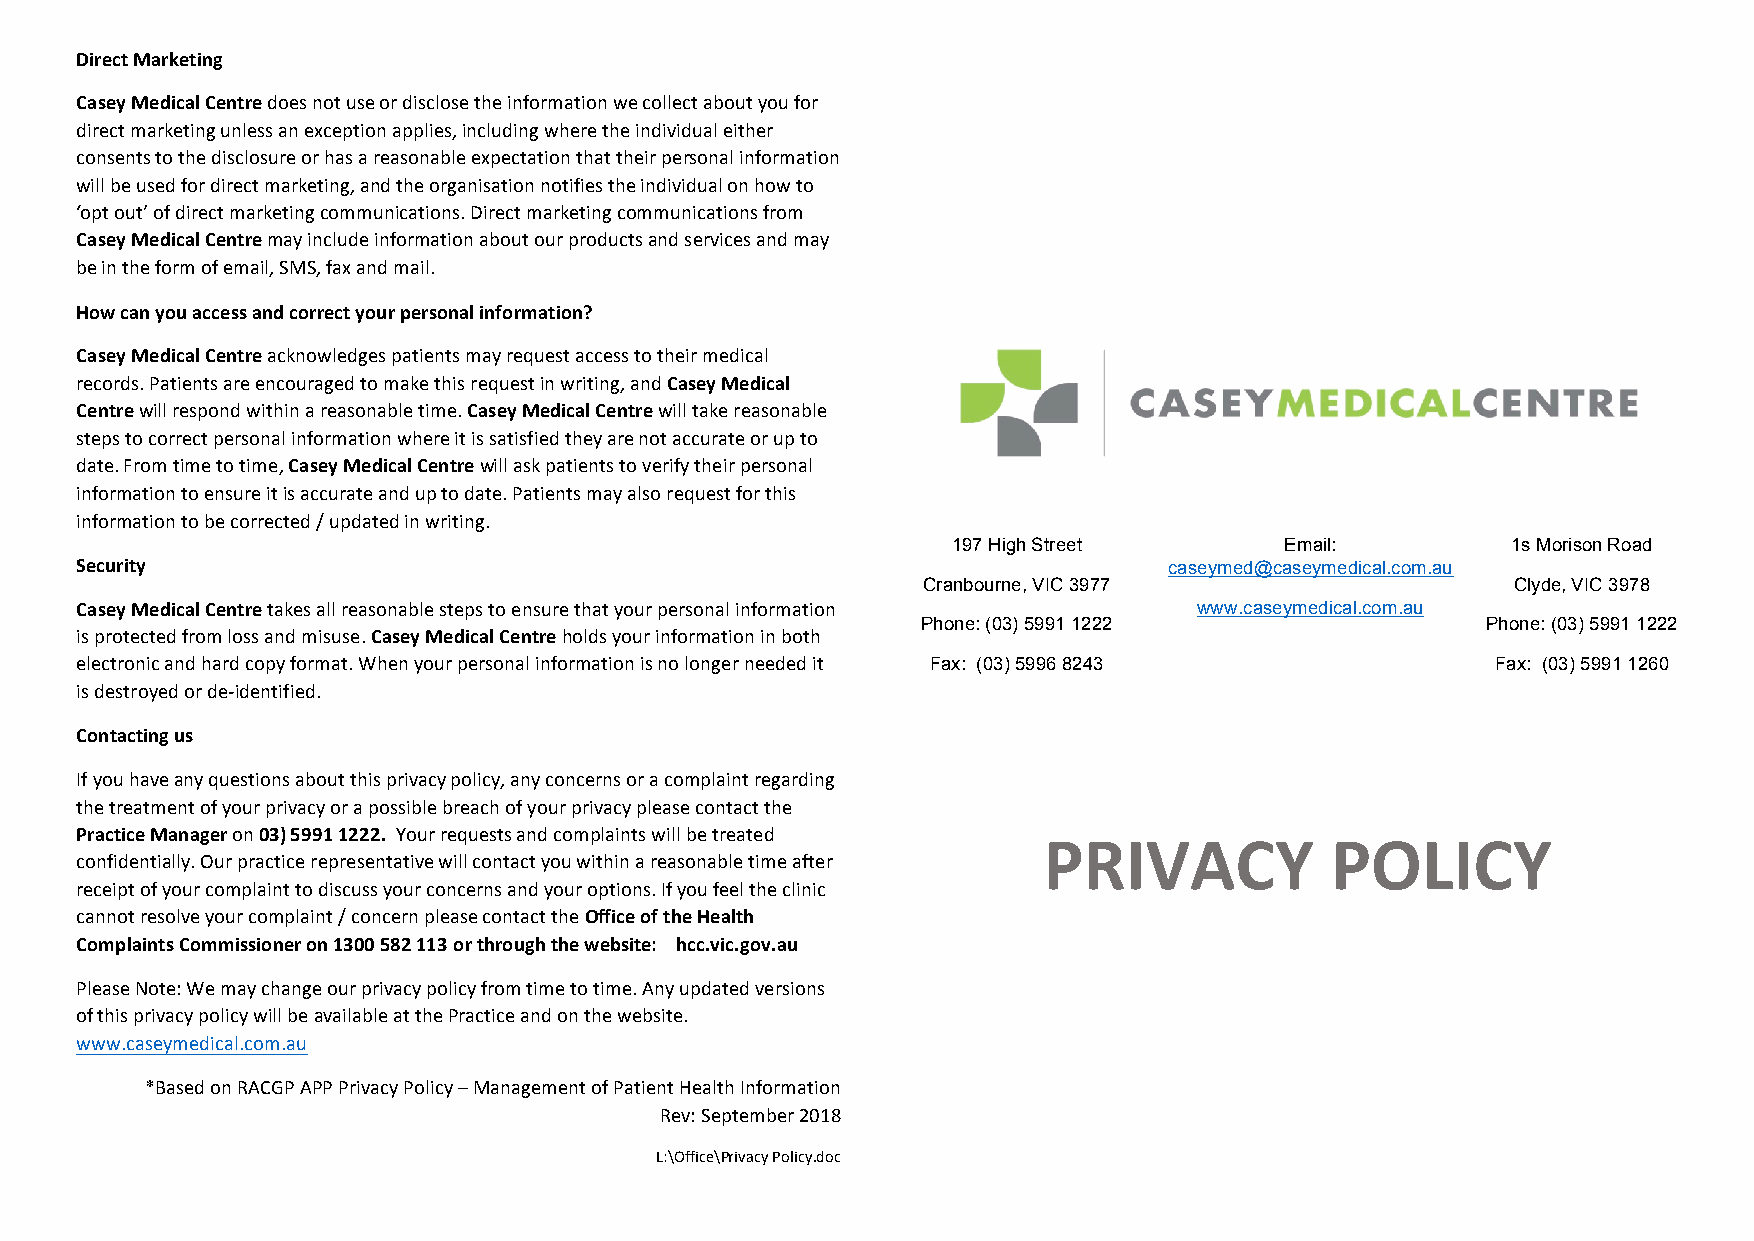
Direct Marketing
 Casey Medical Centre does not use or disclose the information we collect about you for
 direct marketing unless an exception applies, including where the individual either
 consents to the disclosure or has a reasonable expectation that their personal information
 will be used for direct marketing, and the organisation notifies the individual on how to
 ‘opt out’ of direct marketing communications. Direct marketing communications from
 Casey Medical Centre may include information about our products and services and may
 be in the form of email, SMS, fax and mail.
 How can you access and correct your personal information?
 Casey Medical Centre acknowledges patients may request access to their medical
 records. Patients are encouraged to make this request in writing, and Casey Medical
 Centre will respond within a reasonable time. Casey Medical Centre will take reasonable
 steps to correct personal information where it is satisfied they are not accurate or up to
 date. From time to time, Casey Medical Centre will ask patients to verify their personal
 information to ensure it is accurate and up to date. Patients may also request for this
 information to be corrected / updated in writing.
 197 High Street       Email:         1s Morison Road
 Security                                                                caseymed@caseymedical.com.au
 Cranbourne, VIC 3977                   Clyde, VIC 3978
 Casey Medical Centre takes all reasonable steps to ensure that your personal information www.caseymedical.com.au
 Phone: (03) 5991 1222                Phone: (03) 5991 1222
 is protected from loss and misuse. Casey Medical Centre holds your information in both
 electronic and hard copy format. When your personal information is no longer needed it Fax: (03) 5996 8243 Fax: (03) 5991 1260
 is destroyed or de-identified.
 Contacting us
 If you have any questions about this privacy policy, any concerns or a complaint regarding
 the treatment of your privacy or a possible breach of your privacy please contact the
 Practice Manager on 03) 5991 1222. Your requests and complaints will be treated
 PRIVACY            POLICY
 confidentially. Our practice representative will contact you within a reasonable time after
 receipt of your complaint to discuss your concerns and your options. If you feel the clinic
 cannot resolve your complaint / concern please contact the Office of the Health
 Complaints Commissioner on 1300 582 113 or through the website: hcc.vic.gov.au
 Please Note: We may change our privacy policy from time to time. Any updated versions
 of this privacy policy will be available at the Practice and on the website.
 www.caseymedical.com.au
 *Based on RACGP APP Privacy Policy – Management of Patient Health Information
 Rev: September 2018
 L:\Office\Privacy Policy.doc